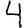
Digit: 4